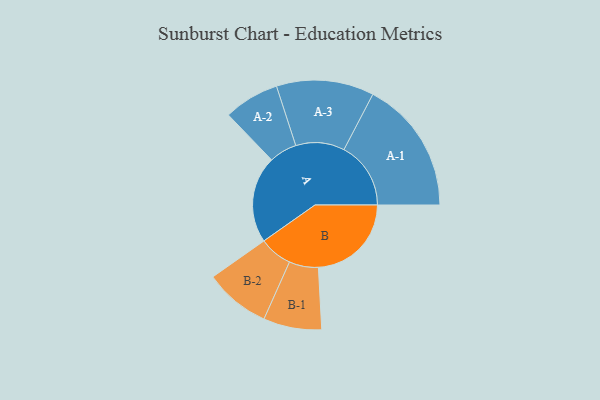
{"axis": {"x": "Segment", "y": "Value"}, "legend": ["", "A", "B"], "data": [{"x": "A", "y": 385, "type": ""}, {"x": "B", "y": 412, "type": ""}, {"x": "A-1", "y": 296, "type": "A"}, {"x": "A-2", "y": 123, "type": "A"}, {"x": "A-3", "y": 216, "type": "A"}, {"x": "B-1", "y": 129, "type": "B"}, {"x": "B-2", "y": 146, "type": "B"}]}